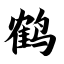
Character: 鹤